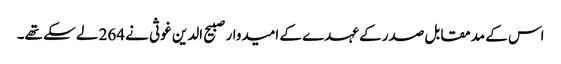
اس کے مدمقابل صدر کے عہدے کے امیدوار صبیح الدین غوثی نے 264 لے سکے تھے۔